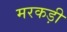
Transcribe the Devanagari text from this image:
मरकड़ी